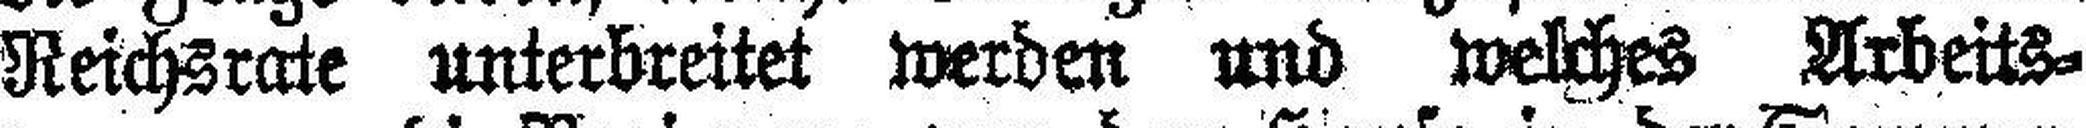
Reichsrate unterbreitet werden und welches Arbeits¬